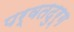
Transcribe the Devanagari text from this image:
पर्वतदुर्ग